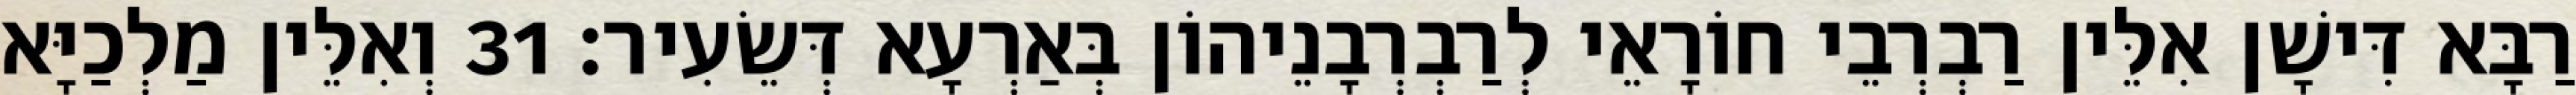
רַבָּא דִּישָׁן אִלֵּין רַבְרְבֵי חוֹרָאֵי לְרַבְרְבָנֵיהוֹן בְּאַרְעָא דְּשֵׂעִיר׃ 31 וְאִלֵּין מַלְכַיָּא